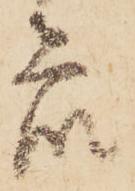
衆